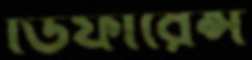
ডিফারেন্স